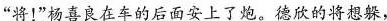
“将!”杨喜良在车的后面安上了炮。德欣的将想躲，